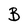
Character: B